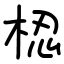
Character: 梕